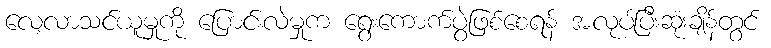
လေ့လာသင်ယူမှုကို ပြောင်းလဲမှုက ရွေးကောက်ပွဲဖြစ်စေရန် အလုပ်ပြီးဆုံးချိန်တွင်